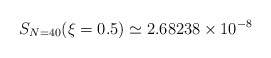
\begin{align*}S_{N=40} (\xi=0.5) \simeq 2.68238 \times 10^{-8}\end{align*}